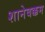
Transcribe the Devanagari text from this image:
शानेबक्कम